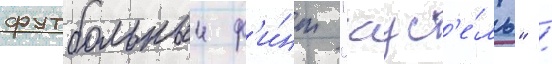
футбольныи ф'и́нт "карус'е́ль" /